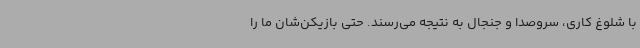
با شلوغ کاری، سروصدا و جنجال به نتیجه می‌رسند. حتی بازیکن‌شان ما را